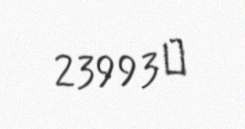
23993 ₼